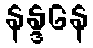
နန္ဒနေ